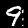
Digit: 9